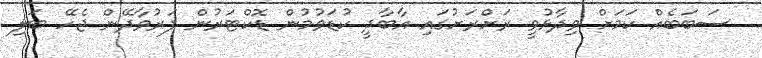
ސަބަބެއް ކަމަށް ވިދާޅުވީ ރަށްރަށުގައި އާބާދީ ކުޑަވުމުން ޑޮކްޓަރުން ފަރުވާދޭން ޖެހޭ ބަލި